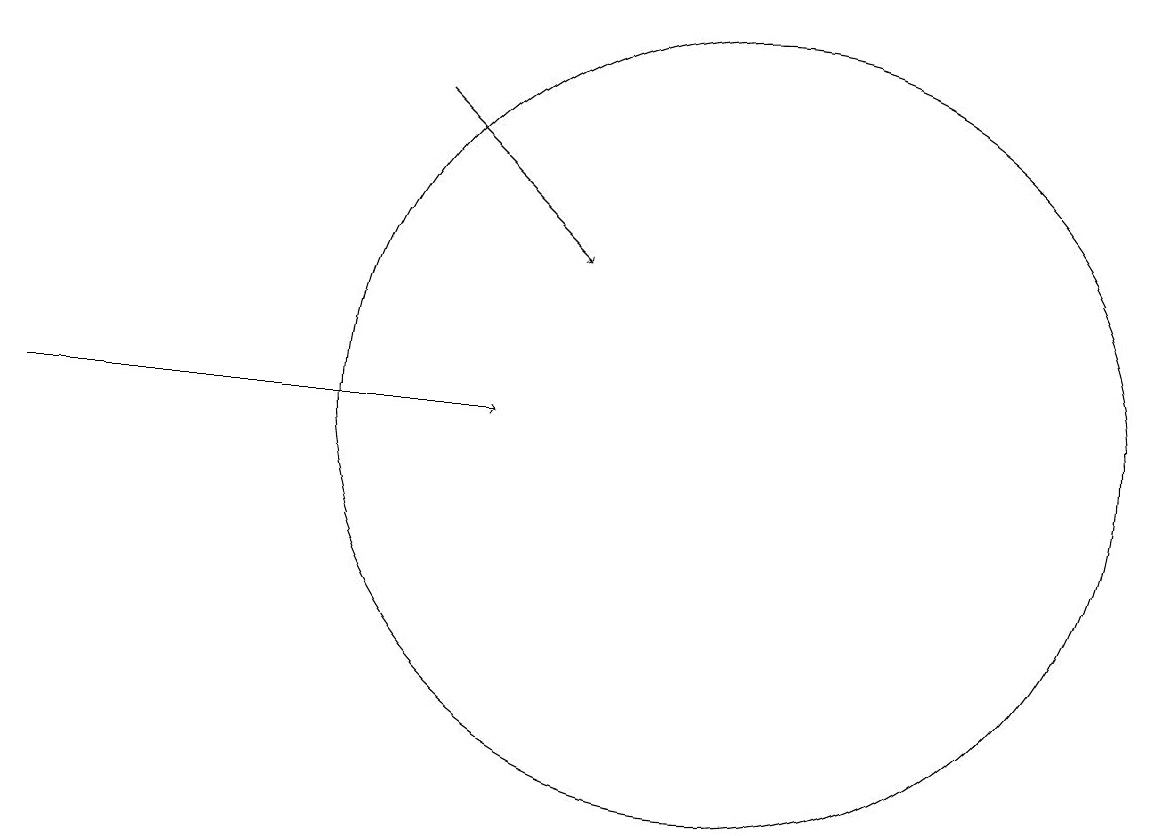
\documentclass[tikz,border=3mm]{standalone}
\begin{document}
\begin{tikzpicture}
\draw[->] (6,15) -- (8,13);
\draw[->] (1,11) -- (7,11);
\draw (10,11) circle (5);
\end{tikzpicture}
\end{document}